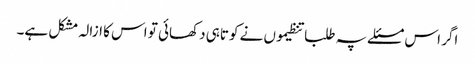
اگر اس مسئلے پہ طلبا تنظیموں نے کوتاہی دکھائی تو اس کا ازالہ مشکل ہے۔